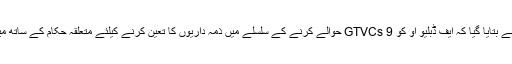
ٹیوٹا کے حوالے سے بتایا گیا کہ ایف ڈبلیو او کو 9 GTVCs حوالے کرنے کے سلسلے میں ذمہ داریوں کا تعین کرنے کیلئے متعلقہ حکام کے ساتھ میٹنگ ہو چکی ہے ۔